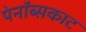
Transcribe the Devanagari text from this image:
पेनॉब्सकाट